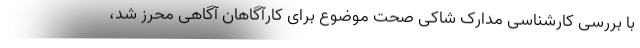
با بررسی کارشناسی مدارک شاکی صحت موضوع برای کارآگاهان آگاهی محرز شد،